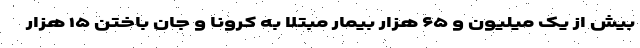
بیش از یک میلیون و ۶۵ هزار بیمار مبتلا به کرونا و جان باختن ۱۵ هزار